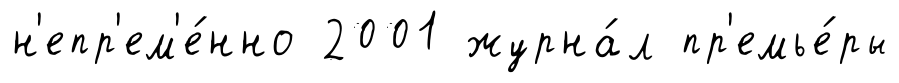
н'епр'ем'е́нно 2001 журна́л пр'емье́ры